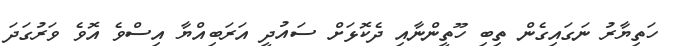
ހަތިޔާރު ނަގައިގެން ތިބި ހޫތީންނާއި ދެކޮޅަށް ސައުދީ އަރަބިއްޔާ އިސްވެ އޮވެ ވަރުގަދަ